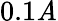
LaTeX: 0.1\mathit{A}